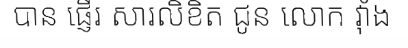
បាន ផ្ញើរ សារលិខិត ជូន លោក វ៉ាំង